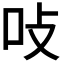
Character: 𭇅